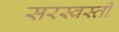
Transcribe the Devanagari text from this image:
सरस्वस्ती